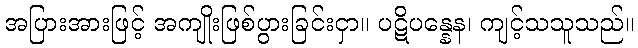
အပြားအားဖြင့် အကျိုးဖြစ်ပွားခြင်းငှာ။ ပဋိပန္နေန၊ ကျင့်သသူသည်။